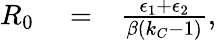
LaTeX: \begin{array}{rlr}{R_{0}}&{{}=}&{\frac{\epsilon_{1}+\epsilon_{2}}{\beta(k_{C}-1)},}\end{array}